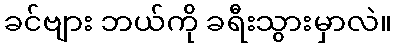
ခင်ဗျား ဘယ်ကို ခရီးသွားမှာလဲ။